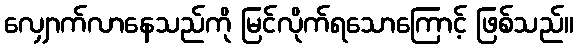
လျှောက်လာနေသည်ကို မြင်လိုက်ရသောကြောင့် ဖြစ်သည်။